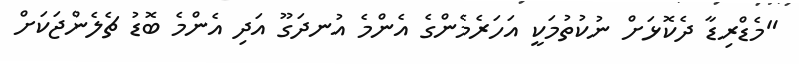
"މެޑްރިޑާ ދެކޮޅަށް ނުކުތުމަކީ އަހަރެމެންގެ އެންމެ އުނދަގޫ އަދި އެންމެ ބޮޑު ޗެލެންޖަކަށް